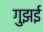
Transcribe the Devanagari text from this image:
गुझई